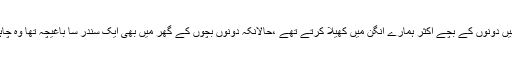
نازیہ اور خالدہ اصل میں جٹھانی تھیں دونوں کے بچے اکثر ہمارے آنگن میں کھیلا کرتے تھے ،حالانکہ دونوں بچوں کے گھر میں بھی ایک سندر سا باغیچہ تھا وہ چاہتے تو وہاں بھی کھیل سکتے تھے۔